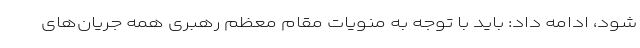
شود، ادامه داد: باید با توجه به منویات مقام معظم رهبری همه جریان‌های